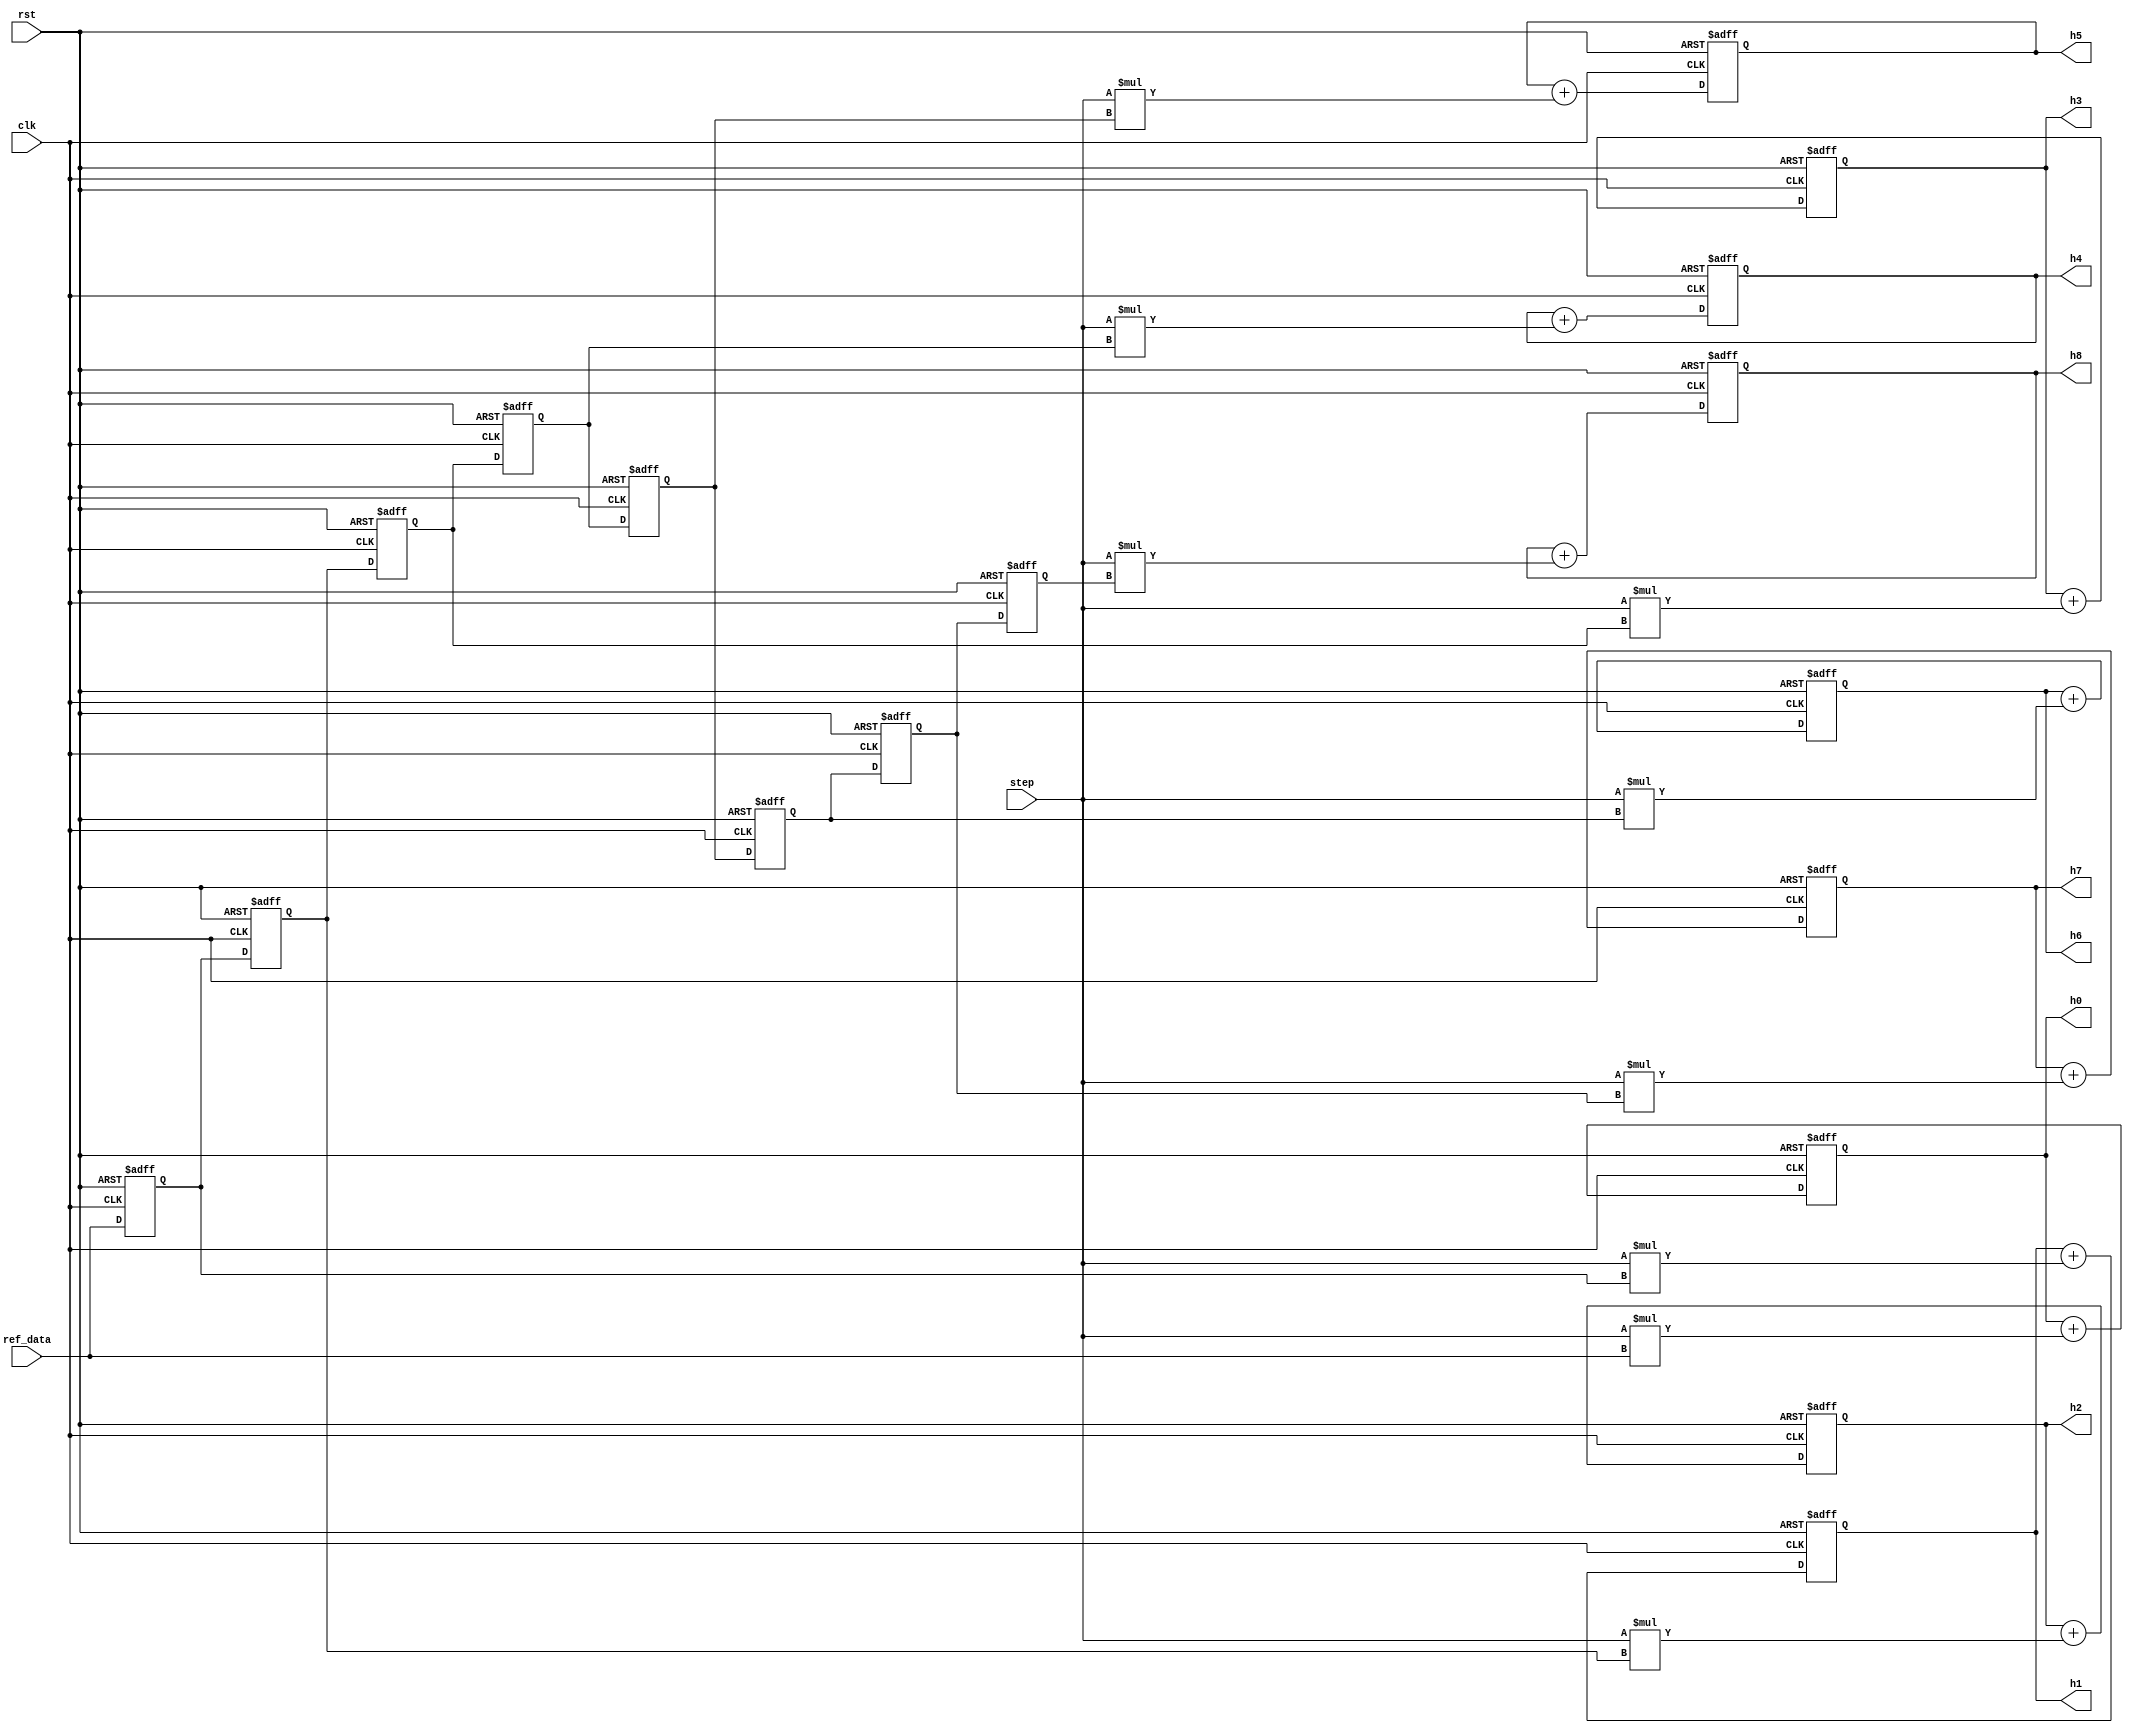
module fir_coef(clk, rst, ref_data, step, h0, h1, h2, h3, h4, h5, h6, h7, h8);
input clk, rst;
input signed [7:0] ref_data;
input signed [7:0] step;
output reg signed [19:0] h0, h1, h2, h3, h4, h5, h6, h7, h8;
reg signed [7:0] sample1, sample2, sample3, sample4, sample5, sample6, sample7, sample8;
initial begin
sample1 <= 0;
sample2 <= 0;
sample3 <= 0;
sample4 <= 0;
sample5 <= 0;
sample6 <= 0;
sample7 <= 0;
sample8 <= 0;
h0 <= 0;
h1 <= 0;
h2 <= 0;
h3 <= 0;
h4 <= 0;
h5 <= 0;
h6 <= 0;
h7 <= 0;
h8 <= 0;
end
always @ (posedge clk or negedge rst) begin
if(!rst) begin
  sample1 <= 0;
  sample2 <= 0;
  sample3 <= 0;
  sample4 <= 0;
  sample5 <= 0;
  sample6 <= 0;
  sample7 <= 0;
  sample8 <= 0;
  h0 <= 0;
  h1 <= 0;
  h2 <= 0;
  h3 <= 0;
  h4 <= 0;
  h5 <= 0;
  h6 <= 0;
  h7 <= 0;
  h8 <= 0;
end
else begin
  sample1 <= ref_data;  //
  sample2 <= sample1;
  sample3 <= sample2;
  sample4 <= sample3;
  sample5 <= sample4;
  sample6 <= sample5;
  sample7 <= sample6;
  sample8 <= sample7;
  h0 = h0 + step * ref_data;  //5-2
  h1 = h1 + step * sample1;
  h2 = h2 + step * sample2;
  h3 = h3 + step * sample3;
  h4 = h4 + step * sample4;
  h5 = h5 + step * sample5;
  h6 = h6 + step * sample6;
  h7 = h7 + step * sample7;
  h8 = h8 + step * sample8;
end
end
endmodule